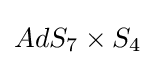
AdS_{7}\times S_{4}